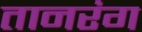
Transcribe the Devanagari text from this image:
तानरंग